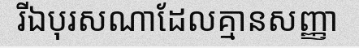
រីឯបុរសណាដែលគ្មានសញ្ញា